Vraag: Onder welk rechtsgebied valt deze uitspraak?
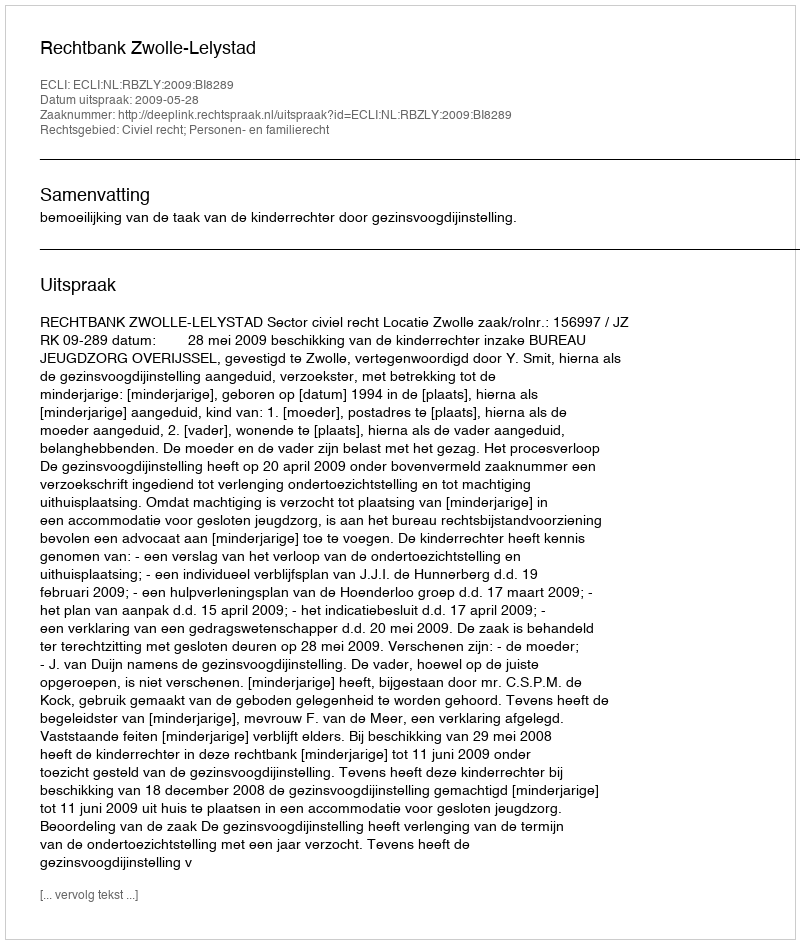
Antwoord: Civiel recht; Personen- en familierecht